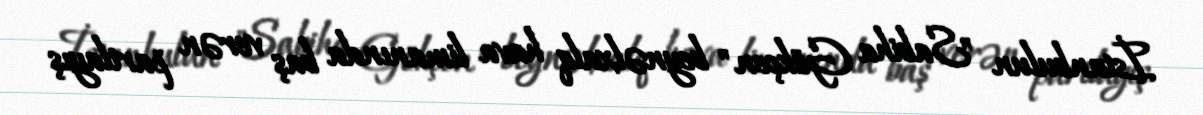
İstanbulun "Sabiha Gökçen" beynəlxalq hava limanında baş verən partlayış